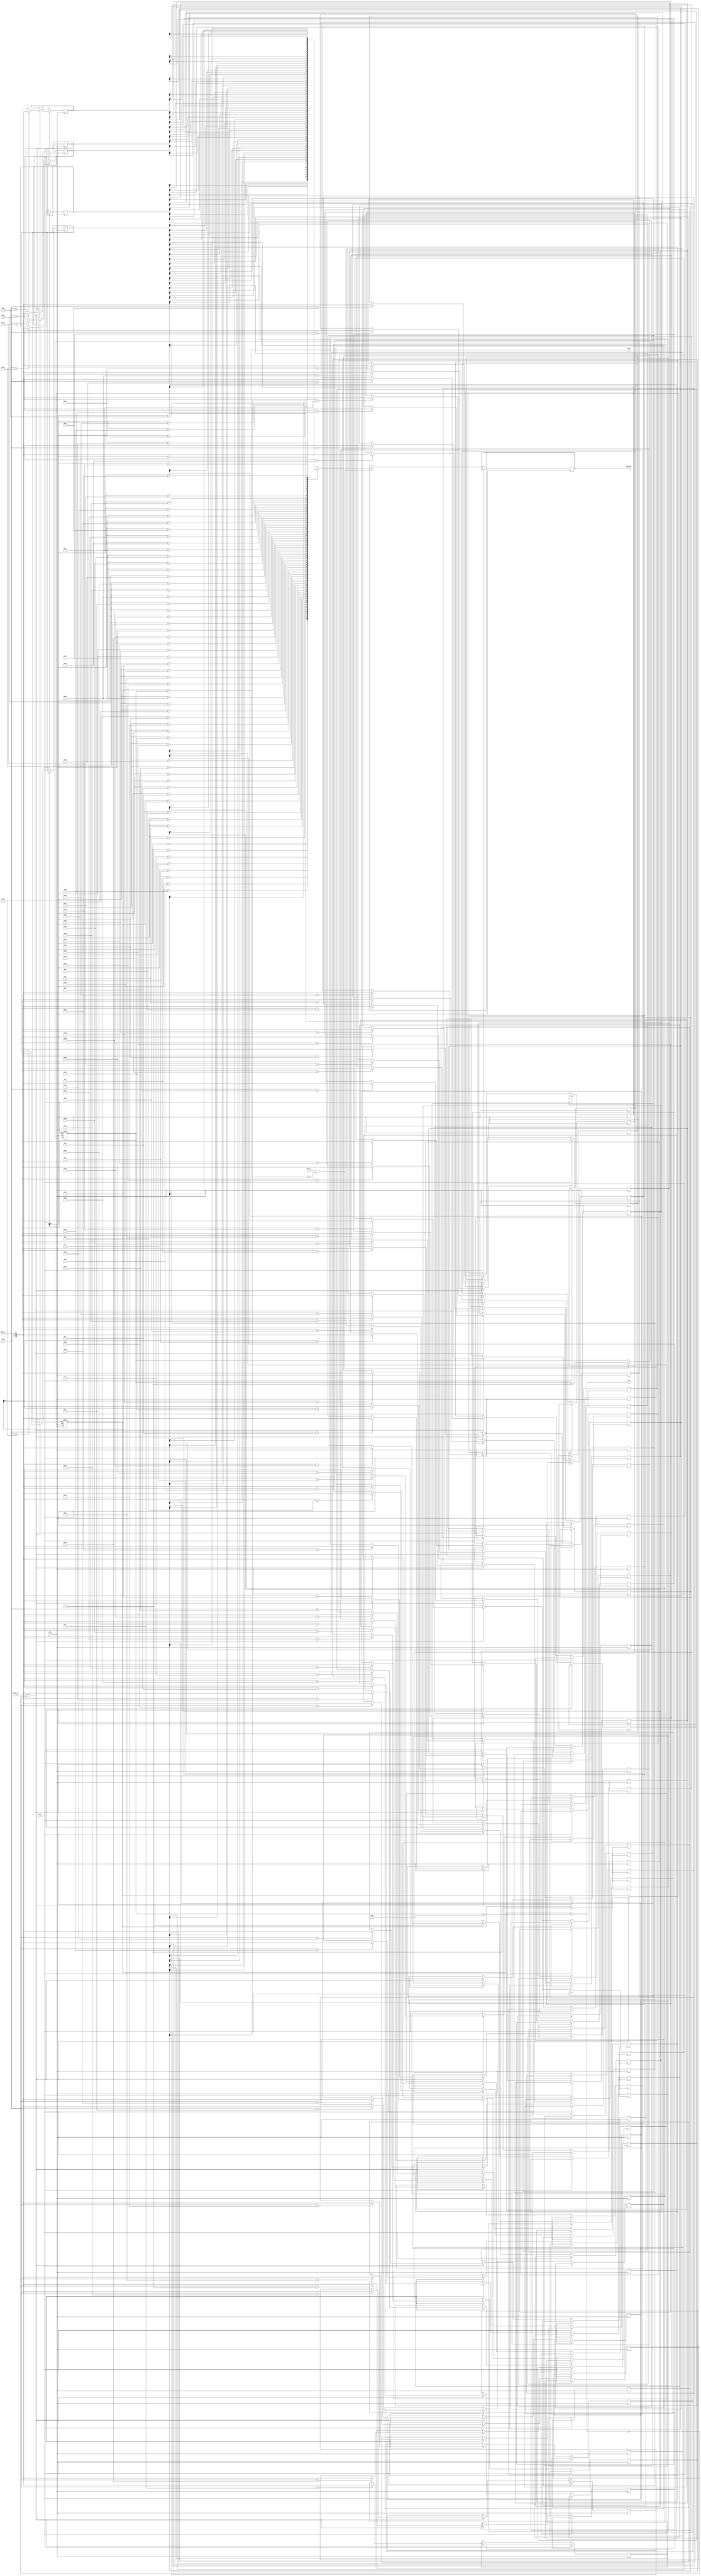
module bidirectional_fifo (
  input wire clk,
  input wire reset,
  input wire write_en,
  input wire read_en,
  input wire data_in,
  output wire data_out,
  output wire full,
  output wire empty
);

parameter FIFO_DEPTH = 64; // Depth of the FIFO memory
parameter DATA_WIDTH = 8; // Width of data in bits

reg [(DATA_WIDTH - 1) : 0] fifo [0: FIFO_DEPTH - 1]; // FIFO memory

reg [(DATA_WIDTH - 1) : 0] read_ptr;
reg [(DATA_WIDTH - 1) : 0] write_ptr;

always @(posedge clk or posedge reset) begin
  if (reset) begin
    read_ptr <= 0;
    write_ptr <= 0;
  end else begin
    if (write_en && !full) begin
      fifo[write_ptr] <= data_in;
      write_ptr <= write_ptr + 1;
    end
    if (read_en && !empty) begin
      data_out <= fifo[read_ptr];
      read_ptr <= read_ptr + 1;
    end
  end
end

assign full = write_ptr == read_ptr + FIFO_DEPTH;
assign empty = write_ptr == read_ptr;

endmodule